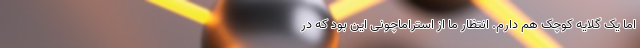
اما یک گلایه کوچک هم دارم. انتظار ما از استراماچونی این بود که در